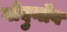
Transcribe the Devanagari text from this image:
गोदुनोव